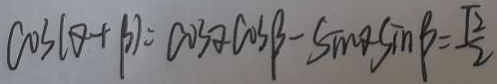
\cos ( \theta + \beta ) = \cos \alpha \cos \beta - \sin \theta \sin \beta = \frac { \sqrt { 2 } } { 2 }